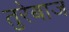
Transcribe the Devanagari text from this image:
तुरेबाज